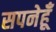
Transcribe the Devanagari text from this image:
सपनेहूँ